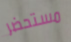
مستحضر